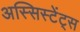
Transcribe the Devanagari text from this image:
अस्सिस्टेंट्स